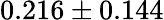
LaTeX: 0.216\pm 0.144